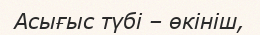
Асығыс түбі – өкініш,